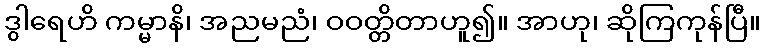
ဒွါရေဟိ ကမ္မာနိ၊ အညမညံ၊ ဝဝတ္တိတာဟူ၍။ အာဟု၊ ဆိုကြကုန်ပြီ။